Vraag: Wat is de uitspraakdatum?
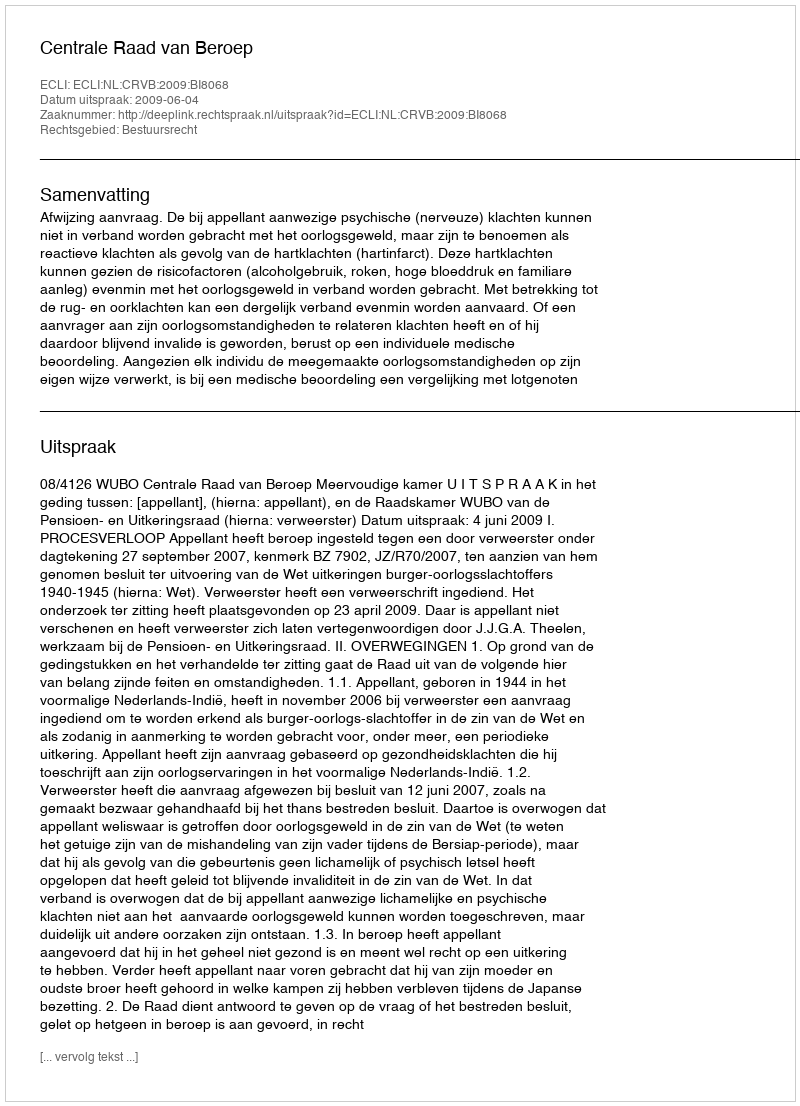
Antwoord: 2009-06-04